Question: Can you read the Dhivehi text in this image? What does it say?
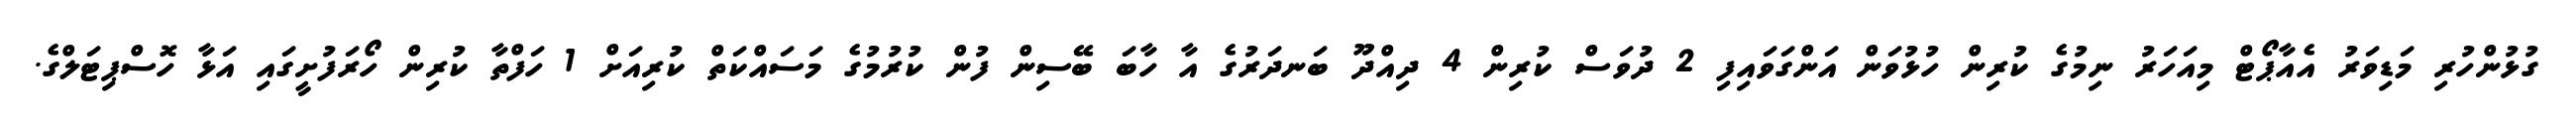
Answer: ގުޅުންހުރި މަޑިވަރު އެއާޕޯޓް މިއަހަރު ނިމުގެ ކުރިން ހުޅުވަން އަންގަވައިފި 2 ދުވަސް ކުރިން 4 ދިއްދޫ ބަނދަރުގެ އާ ހާބަ ބޭސިން ފުން ކުރުމުގެ މަސައްކަތް ކުރިއަށް 1 ހަފްތާ ކުރިން ހޯރަފުށީގައި އަޅާ ހޮސްޕިޓަލްގެ.